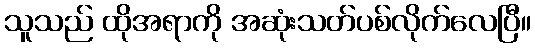
သူသည် ထိုအရာကို အဆုံးသတ်ပစ်လိုက်လေပြီ။